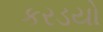
કરડયો